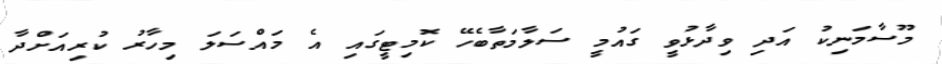
މޫސާމަނިކު އަދި ވިދާޅުވީ ގައުމީ ސަލާމަތާބެހޭ ކޮމިޓީގައި އެ މައްސަލަ މިހާރު ކުރިއަށްދާ